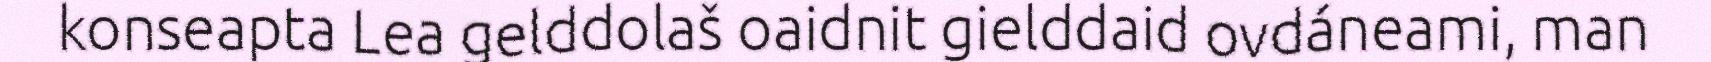
konseapta Lea gelddolaš oaidnit gielddaid ovdáneami, man